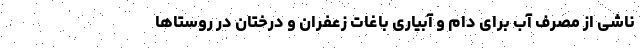
ناشی از مصرف آب برای دام و آبیاری باغات زعفران و درختان در روستاها